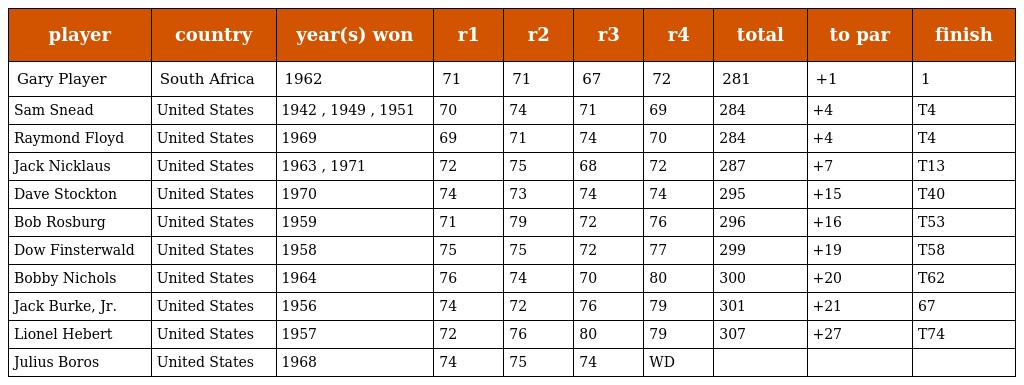
| player | country | year(s) won | r1 | r2 | r3 | r4 | total | to par | finish |
 | --- | --- | --- | --- | --- | --- | --- | --- | --- | --- |
 | Gary Player | South Africa | 1962 | 71 | 71 | 67 | 72 | 281 | +1 | 1 |
 | Sam Snead | United States | 1942 , 1949 , 1951 | 70 | 74 | 71 | 69 | 284 | +4 | T4 |
 | Raymond Floyd | United States | 1969 | 69 | 71 | 74 | 70 | 284 | +4 | T4 |
 | Jack Nicklaus | United States | 1963 , 1971 | 72 | 75 | 68 | 72 | 287 | +7 | T13 |
 | Dave Stockton | United States | 1970 | 74 | 73 | 74 | 74 | 295 | +15 | T40 |
 | Bob Rosburg | United States | 1959 | 71 | 79 | 72 | 76 | 296 | +16 | T53 |
 | Dow Finsterwald | United States | 1958 | 75 | 75 | 72 | 77 | 299 | +19 | T58 |
 | Bobby Nichols | United States | 1964 | 76 | 74 | 70 | 80 | 300 | +20 | T62 |
 | Jack Burke, Jr. | United States | 1956 | 74 | 72 | 76 | 79 | 301 | +21 | 67 |
 | Lionel Hebert | United States | 1957 | 72 | 76 | 80 | 79 | 307 | +27 | T74 |
 | Julius Boros | United States | 1968 | 74 | 75 | 74 | WD |  |  |  |